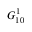
G _ { 1 0 } ^ { 1 }